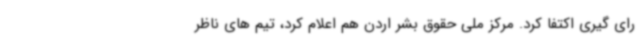
رای گیری اکتفا کرد. مرکز ملی حقوق بشر اردن هم اعلام کرد، تیم های ناظر